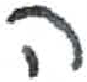
אות: ה